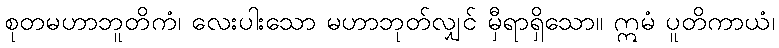
စုတမဟာဘူတိကံ၊ လေးပါးသော မဟာဘုတ်လျှင် မှီရာရှိသော။ ဣမံ ပူတိကာယံ၊